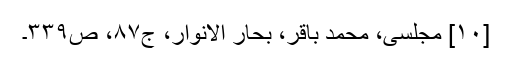
[۱۰] مجلسی، محمد باقر، بحار الانوار، ج‌۸۷، ص‌۳۳۹۔